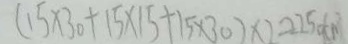
( 1 5 \times 3 0 + 1 5 \times 1 5 + 1 5 \times 3 0 ) \times 2 = 2 2 5 0 ( c m )